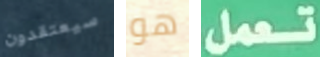
سيعتقدون هو تعمل